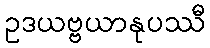
ဥဒယဗ္ဗယာနုပဿီ